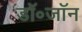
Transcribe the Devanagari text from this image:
डॉ॰जॉन